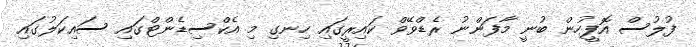
ފުލުސް އޮފީހުން ބުނީ މާފަންނު ރެޑްވޭވް ކައިރީގައި ހިނގި މި އެކްސިޑެންޓްގައި ސައިކަލުގައި